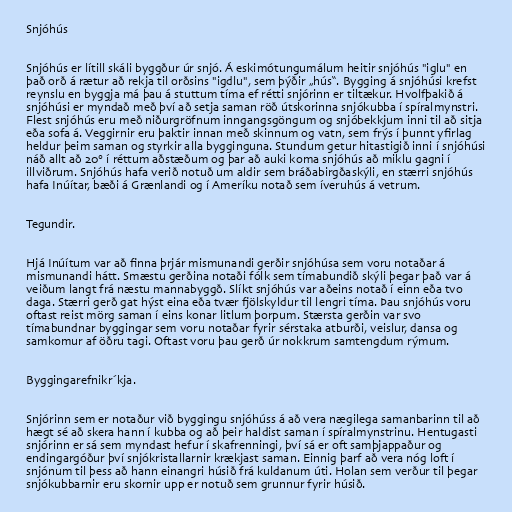
Snjóhús

Snjóhús er lítill skáli byggður úr snjó. Á eskimótungumálum heitir snjóhús "iglu" en
það orð á rætur að rekja til orðsins "igdlu", sem þýðir „hús“. Bygging á snjóhúsi krefst
reynslu en byggja má þau á stuttum tíma ef rétti snjórinn er tiltækur. Hvolfþakið á
snjóhúsi er myndað með því að setja saman röð útskorinna snjókubba í spíralmynstri.
Flest snjóhús eru með niðurgröfnum inngangsgöngum og snjóbekkjum inni til að sitja
eða sofa á. Veggirnir eru þaktir innan með skinnum og vatn, sem frýs í þunnt yfirlag
heldur þeim saman og styrkir alla bygginguna. Stundum getur hitastigið inni í snjóhúsi
náð allt að 20° í réttum aðstæðum og þar að auki koma snjóhús að miklu gagni í
illviðrum. Snjóhús hafa verið notuð um aldir sem bráðabirgðaskýli, en stærri snjóhús
hafa Inúítar, bæði á Grænlandi og í Ameríku notað sem íveruhús á vetrum.

Tegundir.

Hjá Inúítum var að finna þrjár mismunandi gerðir snjóhúsa sem voru notaðar á
mismunandi hátt. Smæstu gerðina notaði fólk sem tímabundið skýli þegar það var á
veiðum langt frá næstu mannabyggð. Slíkt snjóhús var aðeins notað í einn eða tvo
daga. Stærri gerð gat hýst eina eða tvær fjölskyldur til lengri tíma. Þau snjóhús voru
oftast reist mörg saman í eins konar litlum þorpum. Stærsta gerðin var svo
tímabundnar byggingar sem voru notaðar fyrir sérstaka atburði, veislur, dansa og
samkomur af öðru tagi. Oftast voru þau gerð úr nokkrum samtengdum rýmum.

Byggingarefnikr´kja.

Snjórinn sem er notaður við byggingu snjóhúss á að vera nægilega samanbarinn til að
hægt sé að skera hann í kubba og að þeir haldist saman í spíralmynstrinu. Hentugasti
snjórinn er sá sem myndast hefur í skafrenningi, því sá er oft samþjappaður og
endingargóður því snjókristallarnir krækjast saman. Einnig þarf að vera nóg loft í
snjónum til þess að hann einangri húsið frá kuldanum úti. Holan sem verður til þegar
snjókubbarnir eru skornir upp er notuð sem grunnur fyrir húsið.